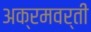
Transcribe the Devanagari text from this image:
अक्रमवर्ती